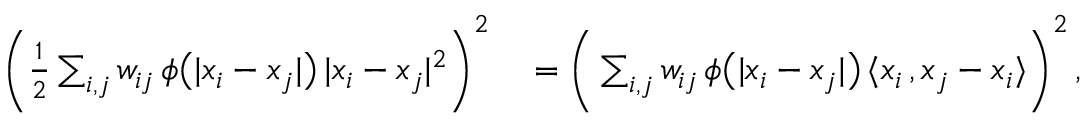
\begin{array} { r l } { \Bigg ( \frac { 1 } { 2 } \sum _ { i , j } w _ { i j } \, \phi \big ( | x _ { i } - x _ { j } | \big ) \, | x _ { i } - x _ { j } | ^ { 2 } \Bigg ) ^ { 2 } } & { { } = \Bigg ( \sum _ { i , j } w _ { i j } \, \phi \big ( | x _ { i } - x _ { j } | \big ) \, \langle x _ { i } \, , x _ { j } - x _ { i } \rangle \Bigg ) ^ { 2 } \, , } \end{array}